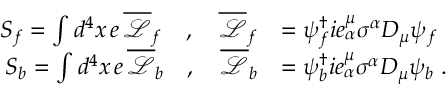
\begin{array} { r l } { S _ { f } = \int d ^ { 4 } x \, e \, \overline { { \mathcal { L } } } _ { f } \quad , \quad \overline { { \mathcal { L } } } _ { f } } & { = \psi _ { f } ^ { \dagger } i e _ { \alpha } ^ { \mu } \sigma ^ { \alpha } D _ { \mu } \psi _ { f } } \\ { S _ { b } = \int d ^ { 4 } x \, e \, \overline { { \mathcal { L } } } _ { b } \quad , \quad \overline { { \mathcal { L } } } _ { b } } & { = \psi _ { b } ^ { \dagger } i e _ { \alpha } ^ { \mu } \sigma ^ { \alpha } D _ { \mu } \psi _ { b } \; . } \end{array}